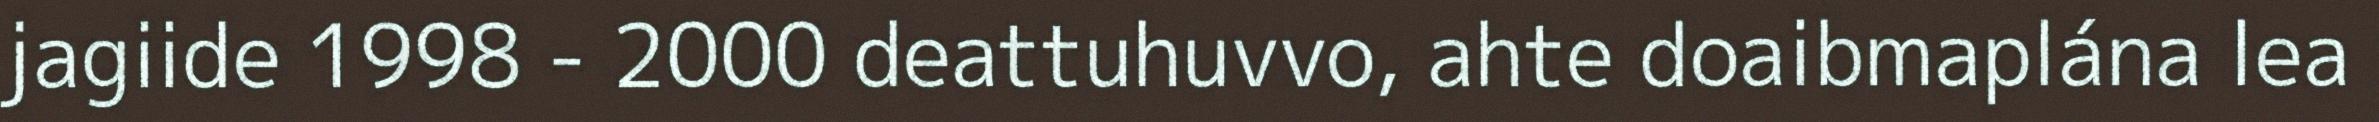
jagiide 1998 - 2000 deattuhuvvo, ahte doaibmaplána lea